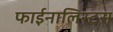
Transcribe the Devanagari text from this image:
फाईनालिस्टस